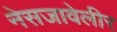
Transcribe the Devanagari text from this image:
नेसजावेलीर